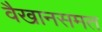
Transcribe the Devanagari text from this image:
वैखानसमत